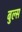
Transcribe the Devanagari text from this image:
बुल्‍स